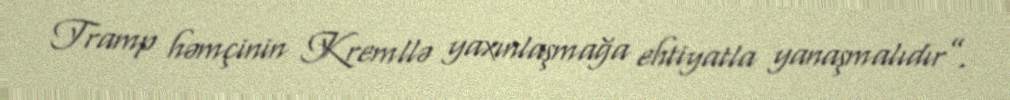
Tramp həmçinin Kremllə yaxınlaşmağa ehtiyatla yanaşmalıdır”.